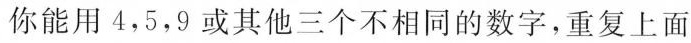
你能用4，5，9或其他三个不相同的数字，重复上面